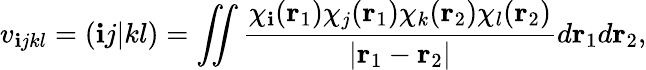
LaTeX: v_{\mathbf{i}jkl}=(\mathbf{i}j|kl)=\iint\frac{{\chi_{\mathbf{i}}({\mathbf{r}}_{1})\chi_{j}({\mathbf{r}}_{1})\chi_{k}({\mathbf{r}}_{2})\chi_{l}({\mathbf{r}}_{2})}}{{\left|{\mathbf{r}}_{1}-{\mathbf{r}}_{2}\right|}}d{\mathbf{r}}_{1}d{\mathbf{r}}_{2},